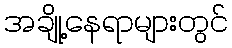
အချို့နေရာများတွင်